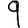
Digit: 9